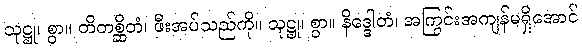
သုဋ္ဌု၊ စွာ။ တိတစ္ဆိတံ၊ ဖီးအပ်သည်ကို။ သုဋ္ဌု၊ စွာ။ နိဒ္ဒေါတံ၊ အကြွင်းအကျန်မရှိအောင်